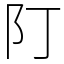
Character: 䦺